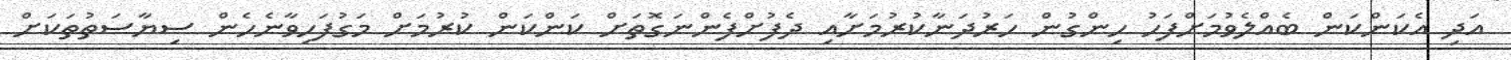
އަދި އެކަންކަން ބެއްލެވުމަށްފަހު ހިންގުން ހަރުދަނާކުރުމަށާއި ދެފުށްފެންނަގޮތަށް ކަންކަން ކުރުމަށް މަގުފަހިވާނެހެން ސިޔާސަތުތަކަށް